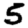
Digit: 5